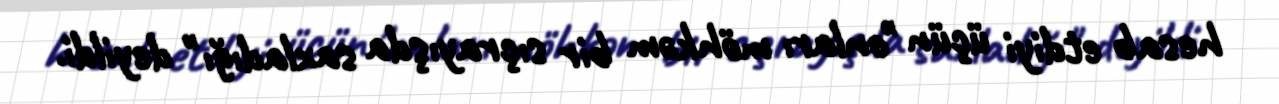
hesab etdiyi üçün "onları möhkəm bir sıçrayışda saxladığı" deyildi.